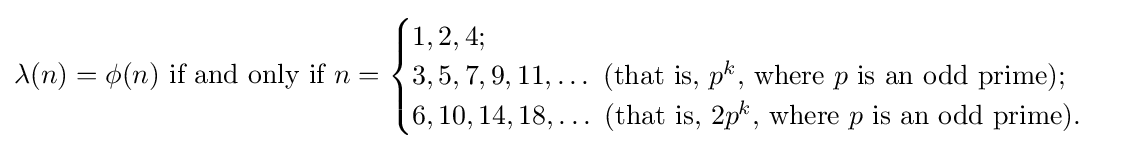
\lambda (n)=\phi (n){\text{ if and only if }}n={\begin{cases}1,2,4;\\3,5,7,9,11,\ldots {\text{ (that is, }}p^{k}{\text{, where }}p{\text{ is an odd prime)}};\\6,10,14,18,\ldots {\text{ (that is, }}2p^{k}{\text{, where }}p{\text{ is an odd prime)}}.\end{cases}}